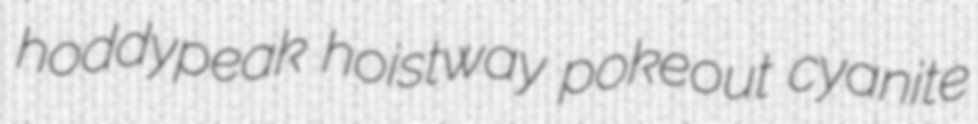
hoddypeak hoistway pokeout cyanite